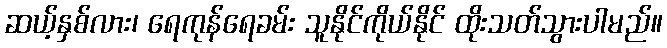
ဆယ့်နှစ်လား၊ ရေကုန်ရေခမ်း သူနိုင်ကိုယ်နိုင် ထိုးသတ်သွားပါမည်။